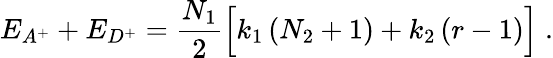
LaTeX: E_{A^{+}}+E_{D^{+}}=\frac{N_{1}}{2}\Big[k_{1}\left(N_{2}+1\right)+k_{2}\left(r-1\right)\Big]\; .